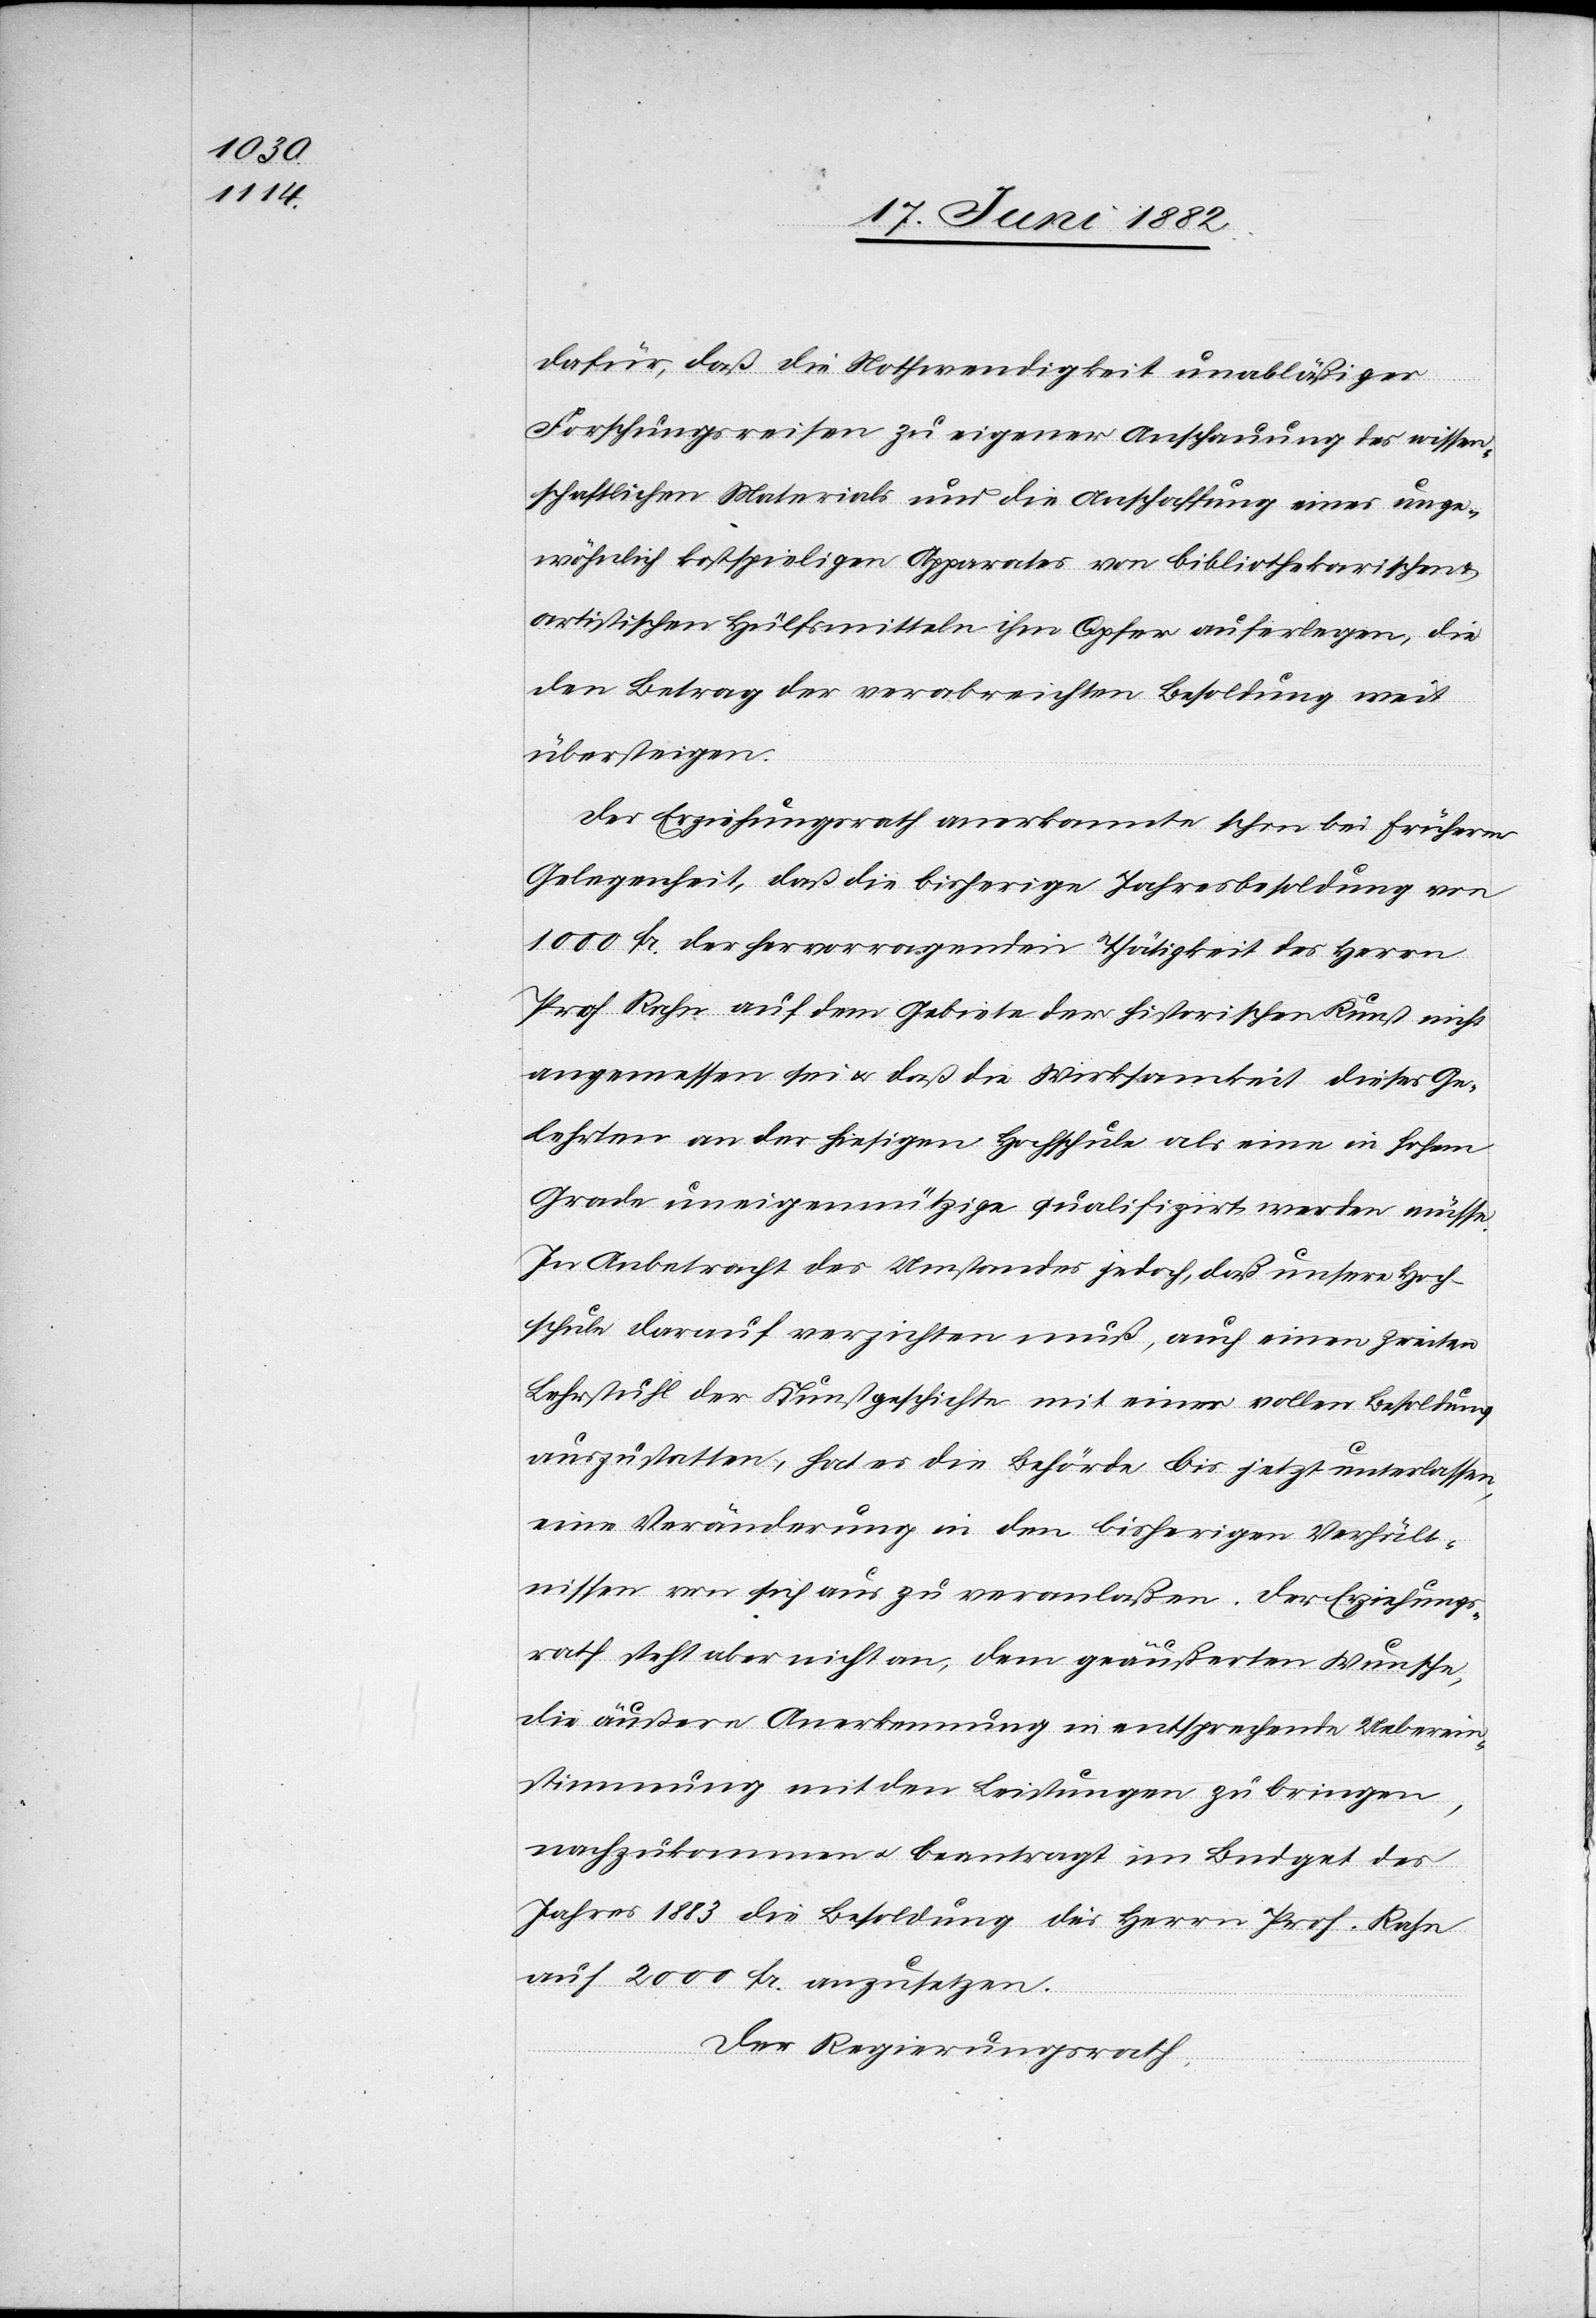
dafür, daß die Nothwendigkeit unabläßiger
Forschungsreisen zu eigener Anschauung des wissen¬
schaftlichen Materials und die Anschaffung eines unge¬
wöhnlich kostspieligen Apparates von bibliothekarischen
artistischen Hülfsmitteln ihm Opfer auferlegen, die
den Betrag der verabreichten Besoldung weit
übersteigen.
Der Erziehungsrath anerkannte schon bei früherer
Gelegenheit, daß die bisherige Jahresbesoldung von
1000 Fr. der hervorragenden Thätigkeit des Herrn
Prof. Rahn auf dem Gebiete der historischen Kunst nicht
angemessen sei & daß die Wirksamkeit dieses Ge¬
lehrten an der hiesigen Hochschule als eine in hohem
Grade uneigennützige qualifizirt werden müsse.
In Anbetracht des Umstandes jedoch, daß unsere Hoch¬
schule darauf verzichten muß, auch einen zweiten
Lehrstuhl der Kunstgeschichte mit einer vollen Besoldung
auszustatten, hat es die Behörde bis jetzt unterlassen,
eine Veränderung in den bisherigen Verhält¬
nissen von sich aus zu veranlaßen. Der Erziehungs¬
rath steht aber nicht an, dem geäußerten Wunsche,
die äußere Anerkennung in entsprechende Ueberein¬
stimmung mit den Leistungen zu bringen,
nachzukommen u. beantragt im Budget des
Jahres 1883 die Besoldung des Herrn Prof. Rahn
auf 2000 Fr. anzusetzen.
Der Regierungsrath,